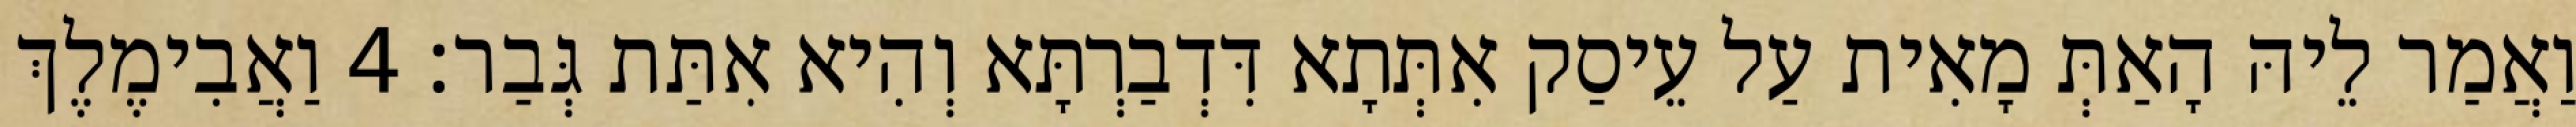
וַאֲמַר לֵיהּ הָאַתְּ מָאִית עַל עֵיסַק אִתְּתָא דִּדְבַרְתָּא וְהִיא אִתַּת גְּבַר׃ 4 וַאֲבִימֶלֶךְ